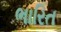
ભારિત